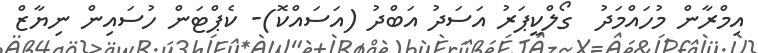
އިމްރާން މުހައްމަދު  ގޯލްކީޕަރު އަސަދު އަބްދު (އަސައްކޮ)- ކެޕްޓަން ހުސައިން ނިޔާޒް